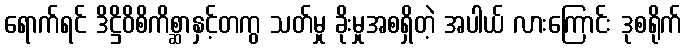
ရောက်ရင် ဒိဋ္ဌိဝိစိကိစ္ဆာနှင့်တကွ သတ်မှု ခိုးမှုအစရှိတဲ့ အပါယ် လားကြောင်း ဒုစရိုက်